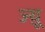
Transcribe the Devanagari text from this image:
ज्य़ू